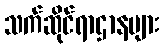
သက်ဆိုင်ရာဌာနများ